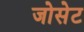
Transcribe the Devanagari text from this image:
जोसेट